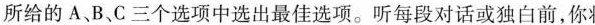
所给的 A、B、C三个选项中选出最佳选项。听每段对话或独白前,你 &